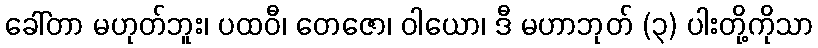
ခေါ်တာ မဟုတ်ဘူး၊ ပထဝီ၊ တေဇော၊ ဝါယော၊ ဒီ မဟာဘုတ် (၃) ပါးတို့ကိုသာ